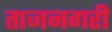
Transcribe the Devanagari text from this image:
ताजनगरी